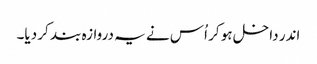
اندر داخل ہو کر اُس نے یہ دروازہ بند کر دیا۔